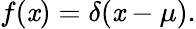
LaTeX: f(\mathit{x})=\delta(\mathit{x}-\mu).